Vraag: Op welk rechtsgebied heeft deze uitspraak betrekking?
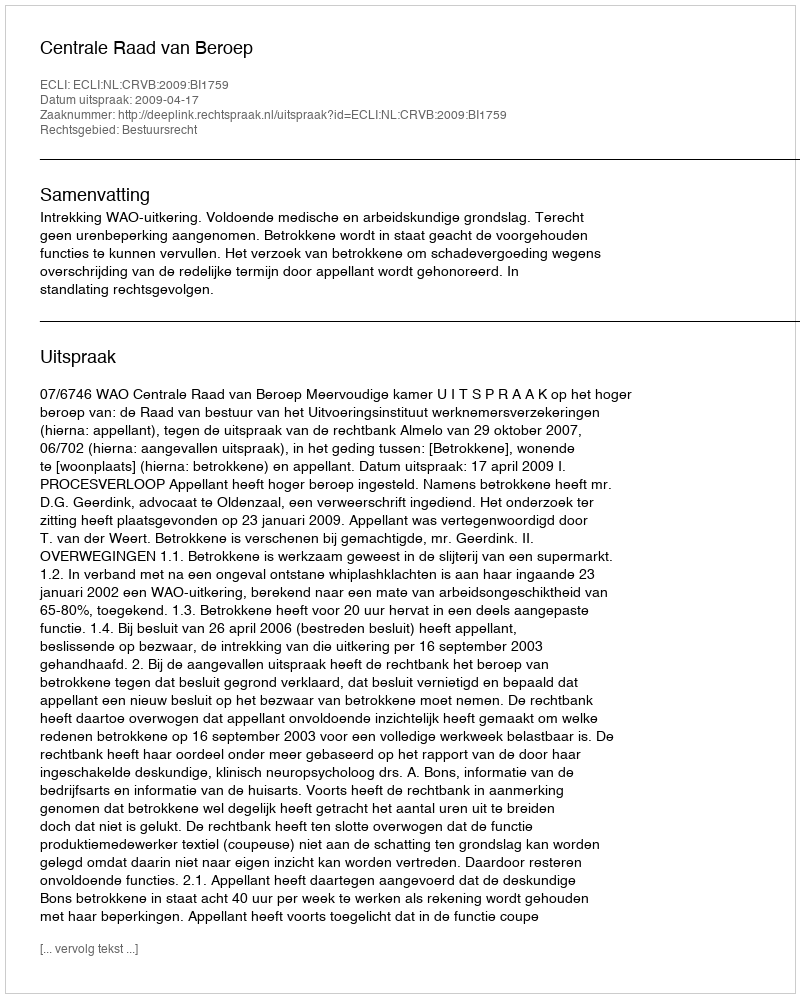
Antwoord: Bestuursrecht